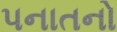
પનાતનો